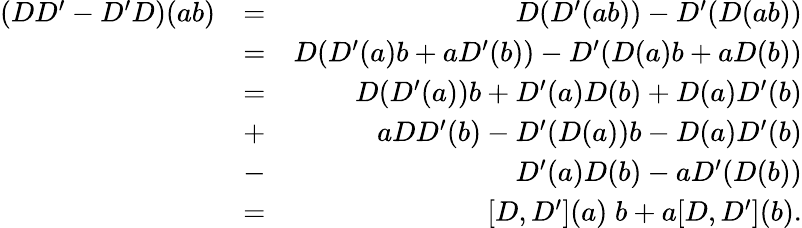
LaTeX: \begin{array}{rlr}{(DD^{\prime}-D^{\prime}D)(ab)}&{=}&{D(D^{\prime}(ab))-D^{\prime}(D(ab))}\\ &{=}&{D(D^{\prime}(a)b+aD^{\prime}(b))-D^{\prime}(D(a)b+aD(b))}\\ &{=}&{D(D^{\prime}(a))b+D^{\prime}(a)D(b)+D(a)D^{\prime}(b)}\\ &{+}&{aDD^{\prime}(b)-D^{\prime}(D(a))b-D(a)D^{\prime}(b)}\\ &{-}&{D^{\prime}(a)D(b)-aD^{\prime}(D(b))}\\ &{=}&{[D,D^{\prime}](a)\; b+a[D,D^{\prime}](b).}\end{array}